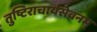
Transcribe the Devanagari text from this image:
तुष्टिराचार्यसेवनम्